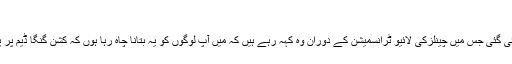
پاکستان کی سستی کی وجہ سے مذاکرات تاخیر کا شکار ہوئے
دنیا نیوز کے پروگرام ”نقطہ نظر میں خواجہ آصف کی ایک ویڈیو دکھائی گئی جس میں چینلزکی لائیو ٹرانسمیشن کے دوران وہ کہہ رہے ہیں کہ میں آپ لوگوں کو یہ بتانا چاہ رہا ہوں کہ کشن گنگا ڈیم پر پاک بھارت مذاکرات کی تاخیر حکومت پاکستان کی وجہ سے ہوئی ہے۔